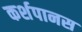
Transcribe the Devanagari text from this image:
कर्शपानस